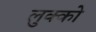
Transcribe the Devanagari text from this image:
लुक्को